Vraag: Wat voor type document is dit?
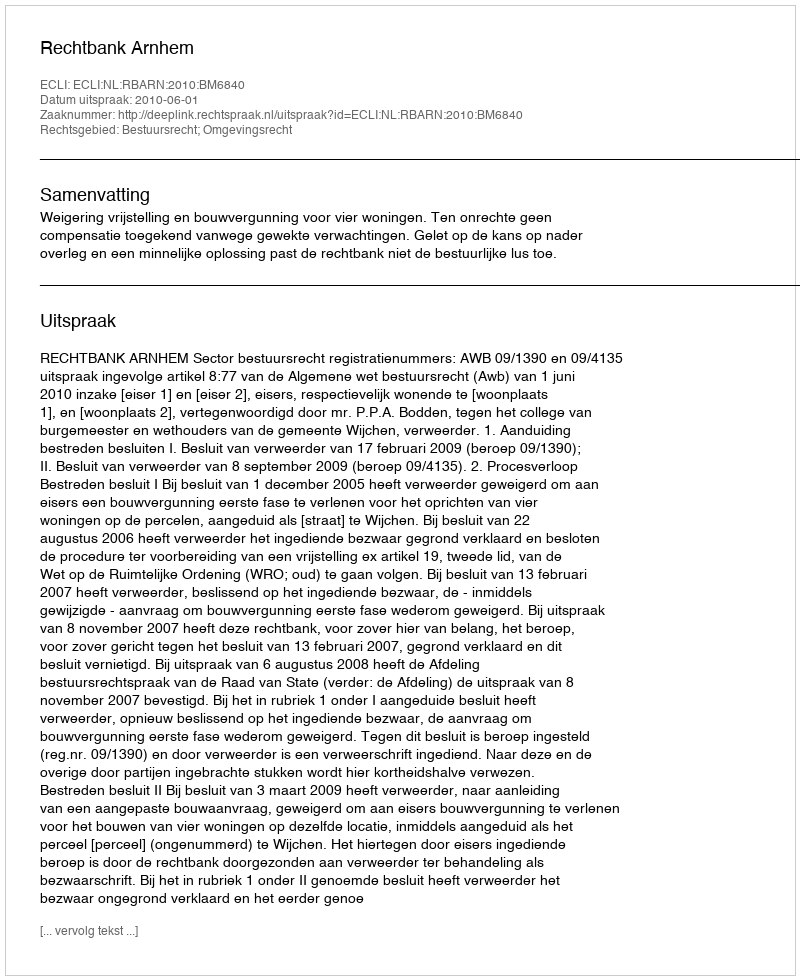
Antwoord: Uitspraak